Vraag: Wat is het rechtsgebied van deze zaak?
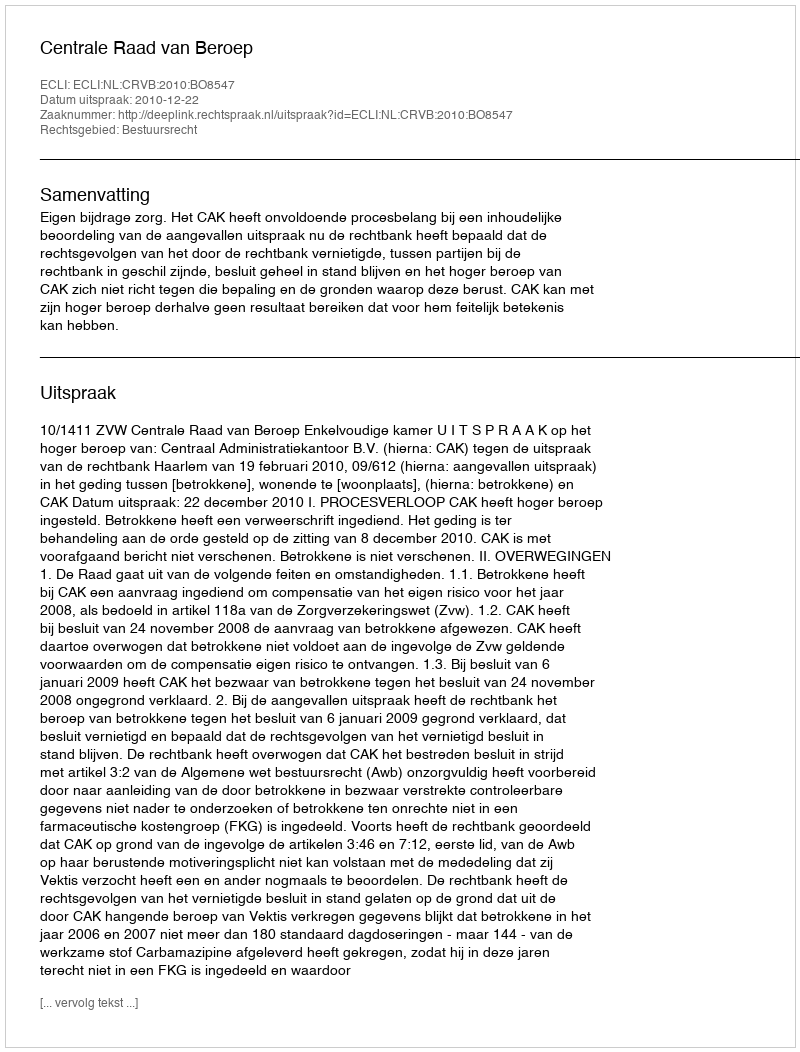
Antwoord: Bestuursrecht